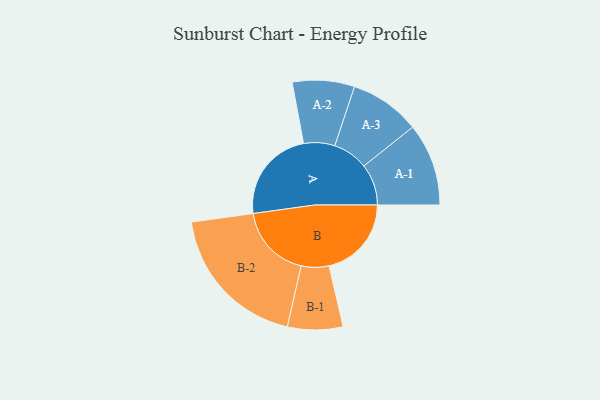
{"axis": {"x": "Segment", "y": "Value"}, "legend": ["", "A", "B"], "data": [{"x": "A", "y": 355, "type": ""}, {"x": "B", "y": 313, "type": ""}, {"x": "A-1", "y": 157, "type": "A"}, {"x": "A-2", "y": 118, "type": "A"}, {"x": "A-3", "y": 134, "type": "A"}, {"x": "B-1", "y": 105, "type": "B"}, {"x": "B-2", "y": 282, "type": "B"}]}